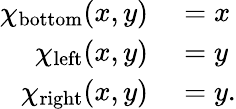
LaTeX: \begin{array}{rl}{\chi_{\mathrm{bottom}}(x,y)}&{{}=x}\\ {\chi_{\mathrm{left}}(x,y)}&{{}=y}\\ {\chi_{\mathrm{right}}(x,y)}&{{}=y.}\end{array}